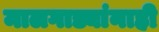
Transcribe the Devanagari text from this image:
मालगाड्यांनाही